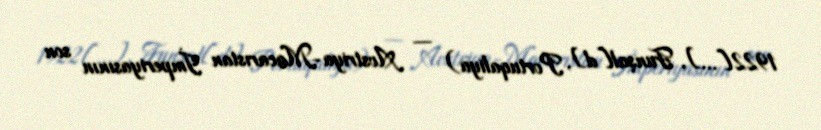
1922[…], Funşal[d], Portuqaliya) — Avstriya-Macarıstan İmperiyasının son